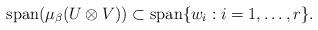
LaTeX: \begin{align*}\operatorname{span}(\mu_\beta(U\otimes V))\subset \operatorname{span}\{w_i : i=1,\dots, r\}.\end{align*}